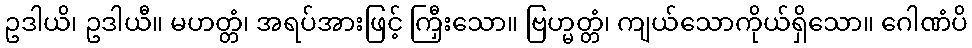
ဥဒါယိ၊ ဥဒါယီ။ မဟတ္တံ၊ အရပ်အားဖြင့် ကြှီးသော။ ဗြဟ္မတ္တံ၊ ကျယ်သောကိုယ်ရှိသော။ ဂေါဏံပိ